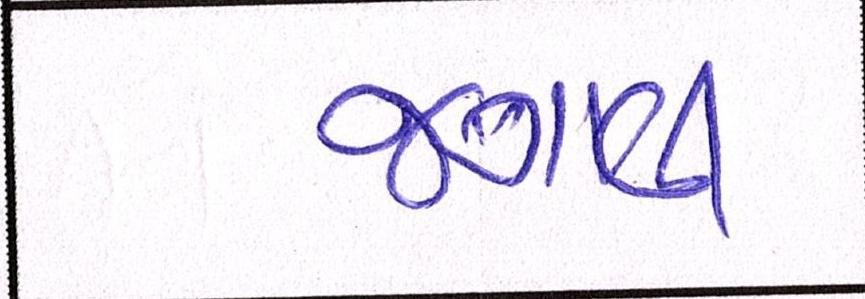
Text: જગાવી